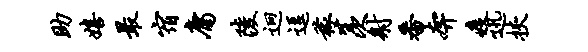
助嬉最宿庸陵迥逗稼羡射番奔疫迅挟